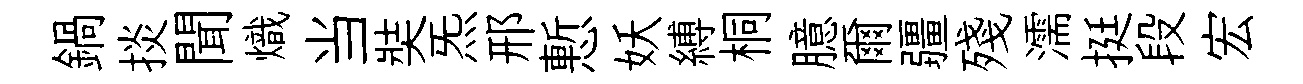
鍋掞聞熾当奘炁邢慙妖縛桐臆爾疆殘濡挺段宏